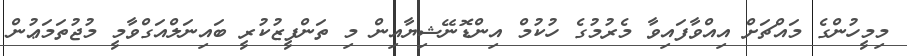
މިމީހުންގެ މައްޗަށް އިއްވާފައިވާ މެރުމުގެ ހުކުމް އިންޑޮނޭޝިޔާއިން މި ތަންފީޒުކުރީ ބައިނަލްއަގްވާމީ މުޖުތަމަޢުން